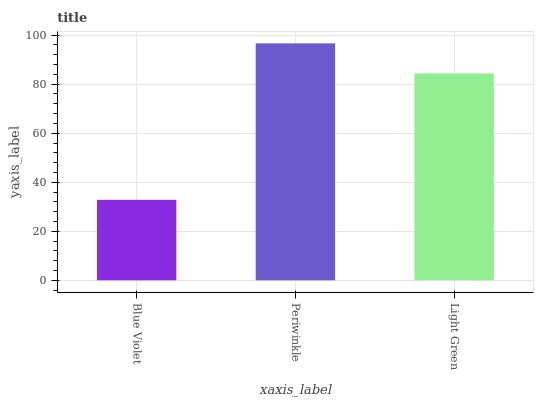
| xaxis_label | bars |
 | --- | --- |
 | Blue Violet | 32.8 |
 | Periwinkle | 96.7 |
 | Light Green | 84.4 |